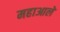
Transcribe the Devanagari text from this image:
महाआले